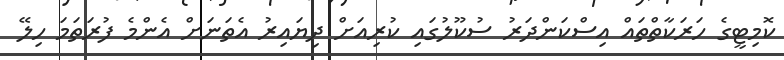
ކޮމިޓީގެ ހަރަކާތްތައް އިސްކަންދަރު ސުކޫލުގައި ކުރިއަށް ދިޔައިރު އެތަނަށް އެންމެ ފުރަތަމަ ހިލޭ